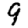
Digit: 9